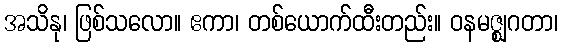
အသိနု၊ ဖြစ်သလော။ ဧကာ၊ တစ်ယောက်ထီးတည်း။ ဝနမဇ္ဈဂတာ၊